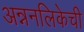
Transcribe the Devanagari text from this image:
अन्ननलिकेची